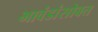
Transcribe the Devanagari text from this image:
भावंडांसोबत